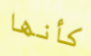
كأنها